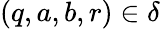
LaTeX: (q,a,b,r)\in\delta